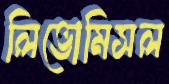
লিভোমিসল